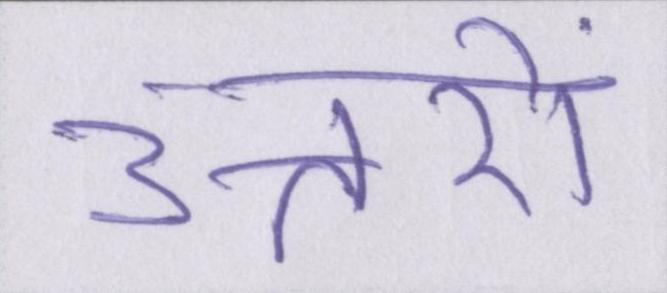
उत्तरों